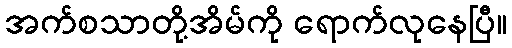
အက်စသာတို့အိမ်ကို ရောက်လုနေပြီ။